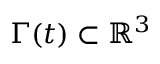
\Gamma ( t ) \subset \mathbb { R } ^ { 3 }